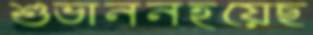
শুভাননহয়েছ